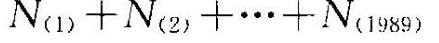
$$N _ { ( 1 ) } +N _ { ( 2 ) } + … + N _ { ( 1 9 8 9 ) }$$